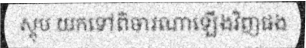
ស្តុប យកទៅពិចារណាឡើងវិញផង